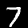
Digit: 7